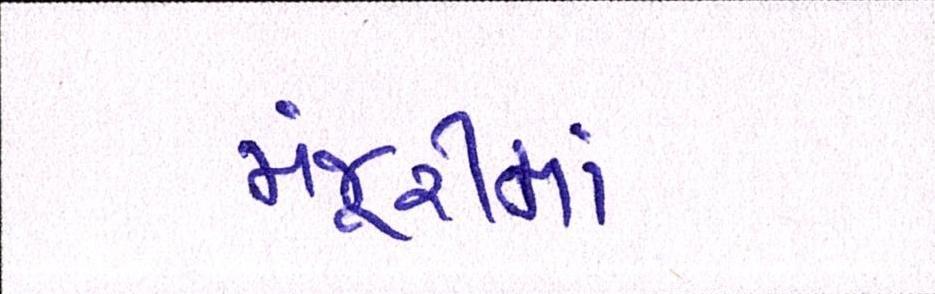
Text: મંજૂરીમાં